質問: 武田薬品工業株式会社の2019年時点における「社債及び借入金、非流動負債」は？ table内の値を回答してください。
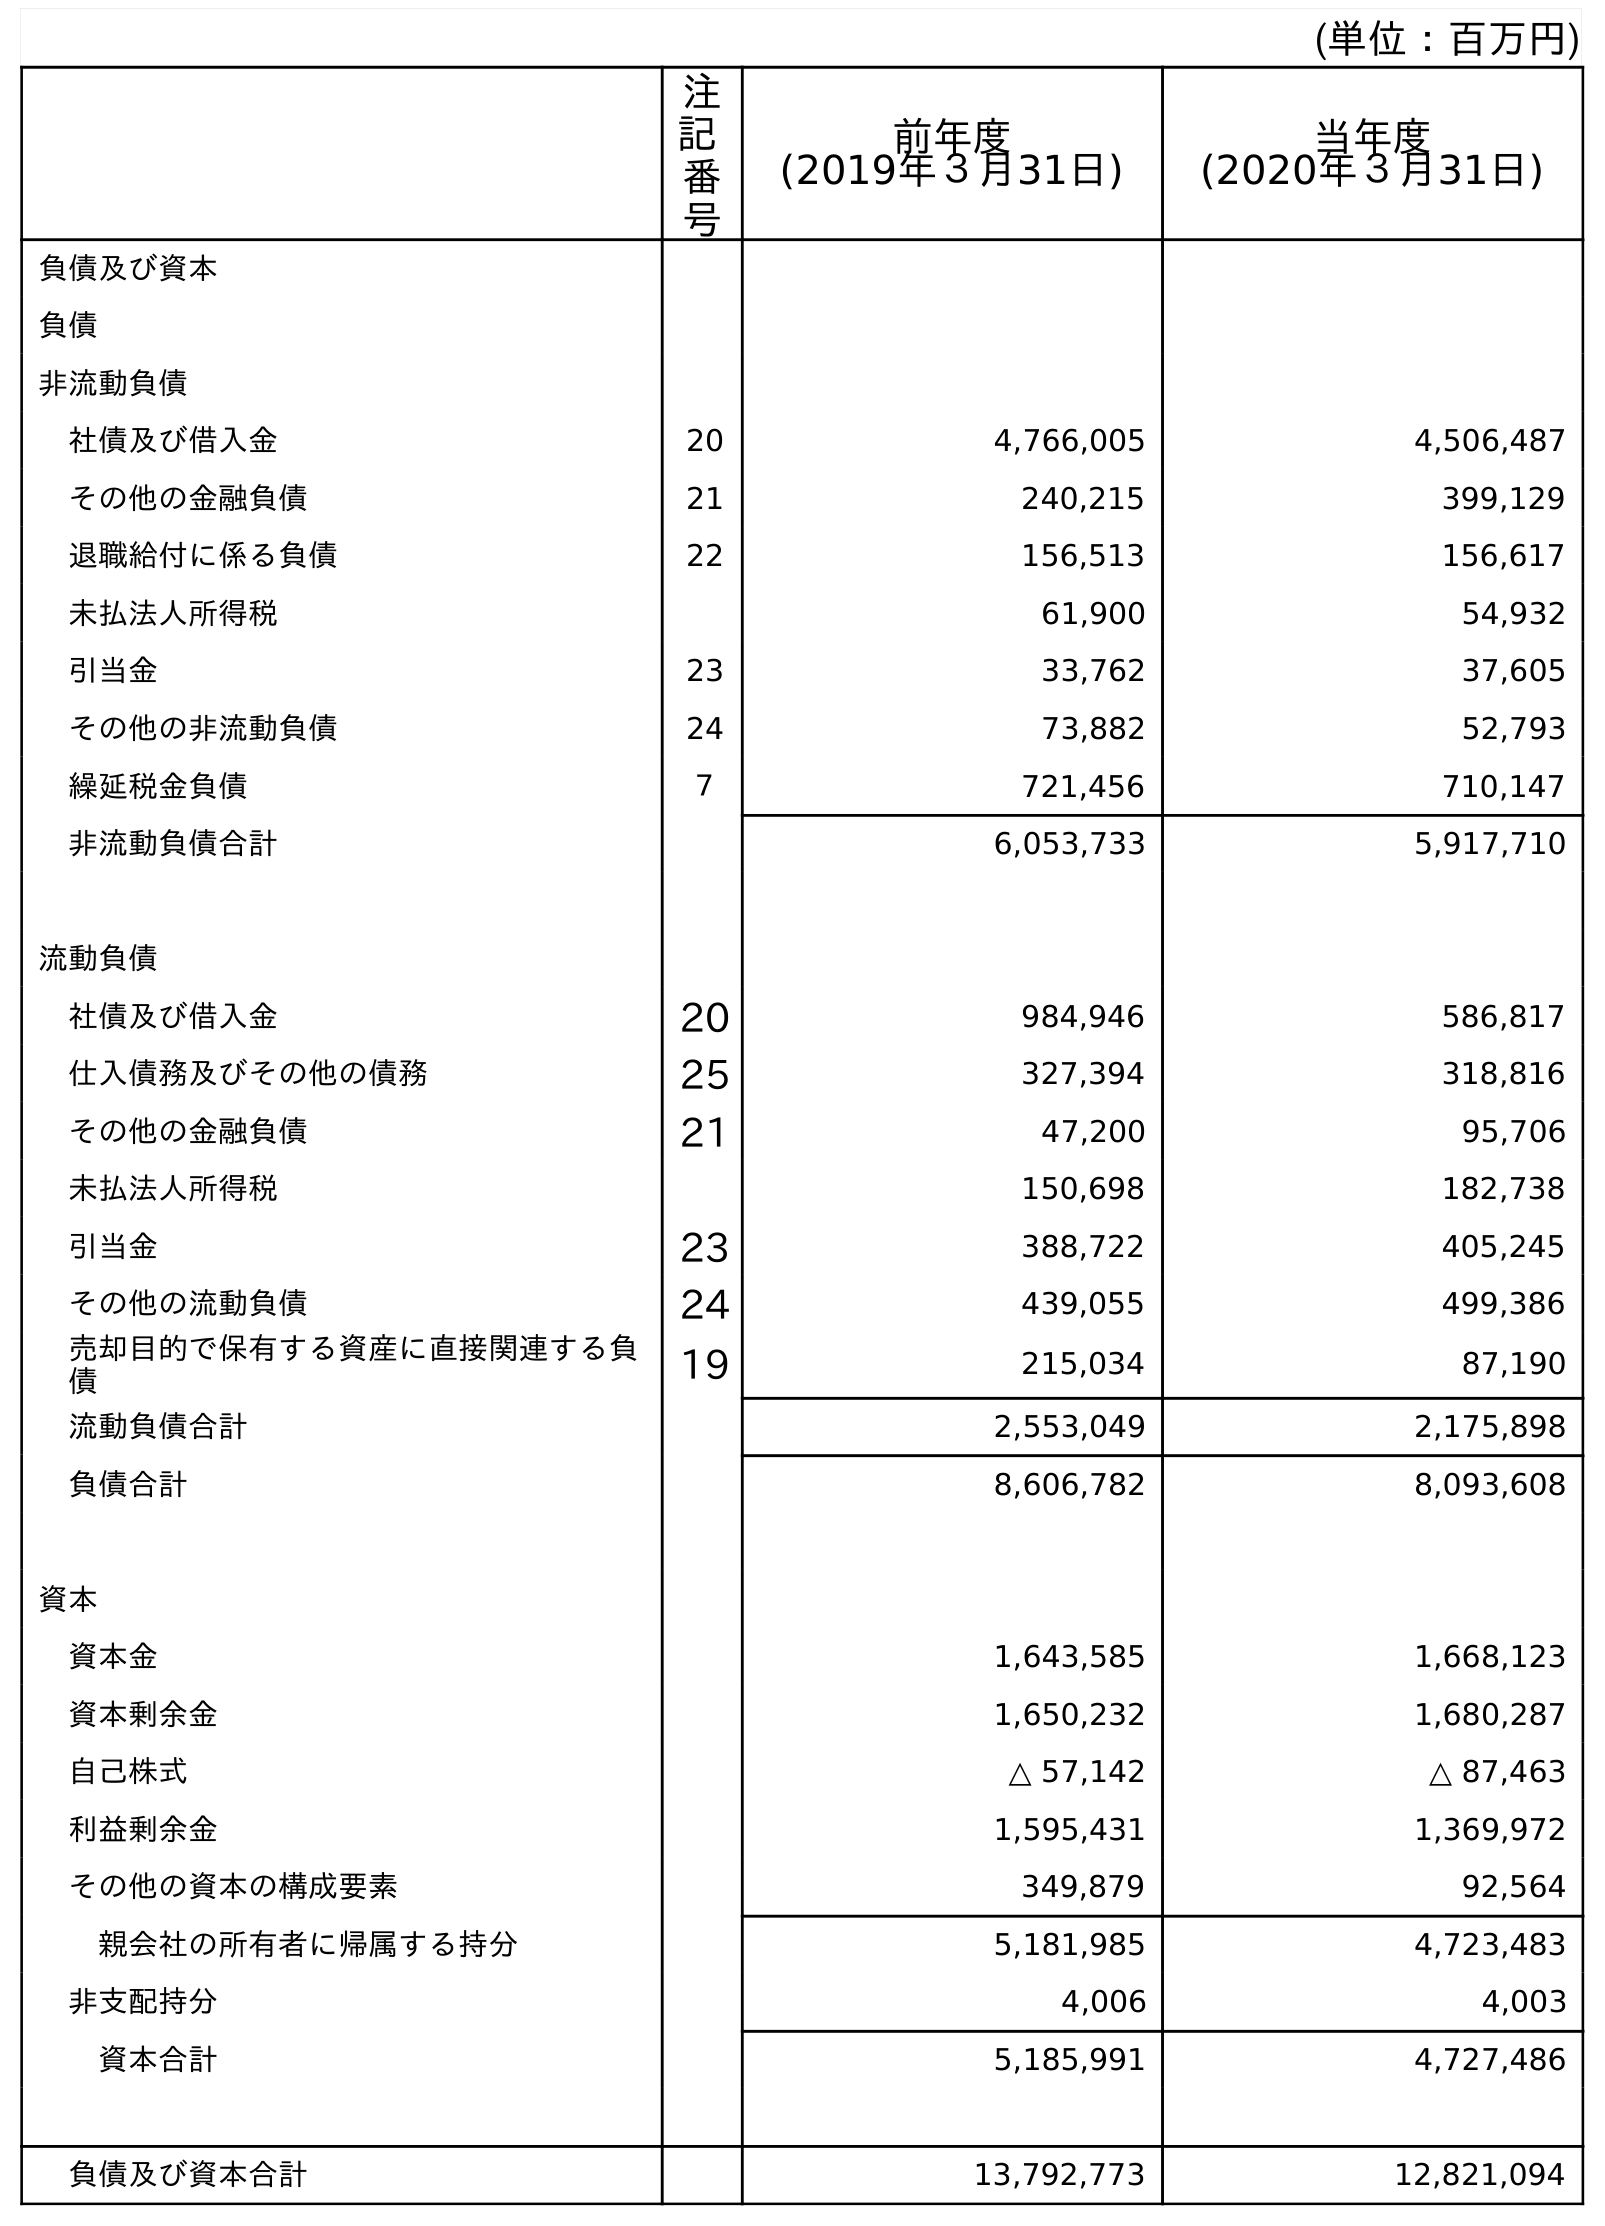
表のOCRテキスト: (単位：百万円) 注 記 番 号 前年度 (2019年３月31日) 当年度 (2020年３月31日) 負債及び資本 負債 非流動負債 社債及び借入金 20 4,766,005 4,506,487 その他の金融負債 21 240,215 399,129 退職給付に係る負債 22 156,513 156,617 未払法人所得税 61,900 54,932 引当金 23 33,762 37,605 その他の非流動負債 24 73,882 52,793 繰延税金負債 ７ 721,456 710,147 非流動負債合計 6,053,733 5,917,710 流動負債 社債及び借入金 20 984,946 586,817 仕入債務及びその他の債務 25 327,394 318,816 その他の金融負債 21 47,200 95,706 未払法人所得税 150,698 182,738 引当金 23 388,722 405,245 その他の流動負債 24 439,055 499,386 売却目的で保有する資産に直接関連する負 債 19 215,034 87,190 流動負債合計 2,553,049 2,175,898 負債合計 8,606,782 8,093,608 資本 資本金 1,643,585 1,668,123 資本剰余金 1,650,232 1,680,287 自己株式 △ 57,142 △ 87,463 利益剰余金 1,595,431 1,369,972 その他の資本の構成要素 349,879 92,564 親会社の所有者に帰属する持分 5,181,985 4,723,483 非支配持分 4,006 4,003 資本合計 5,185,991 4,727,486 負債及び資本合計 13,792,773 12,821,094
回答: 4,766,005